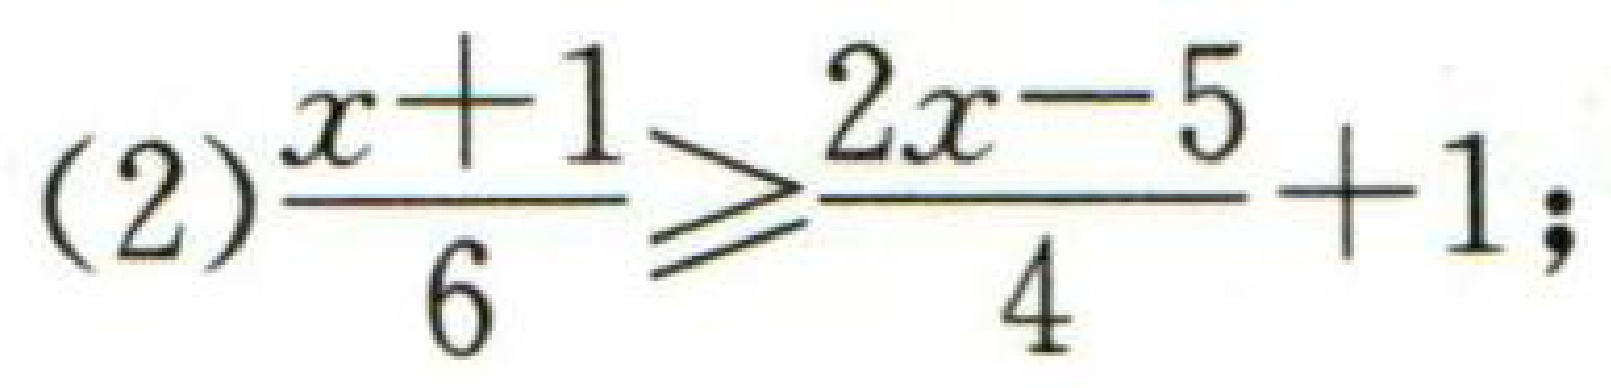
(2)$\frac{x + 1}{6} \geqslant \frac{2x - 5}{4}+1$;